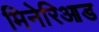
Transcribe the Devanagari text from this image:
मिनेरिआड